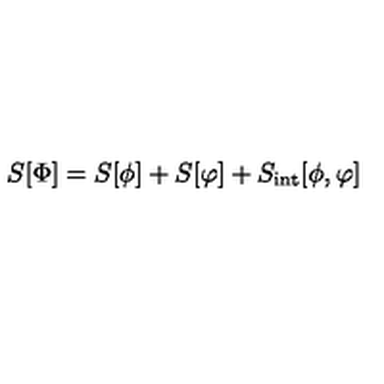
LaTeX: S [ \Phi ] = S [ \phi ] + S [ \varphi ] + S _ { \mathrm { i n t } } [ \phi , \varphi ]